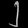
Digit: ၂